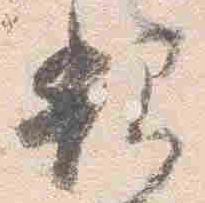
親